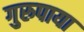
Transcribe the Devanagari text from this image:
गुरुपाया